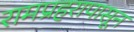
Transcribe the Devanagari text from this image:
रामप्रहरापासून